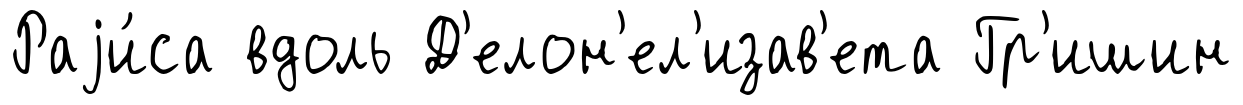
Раjи́са вдоль Д'елон'ел'изав'ета Гр'ишин